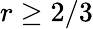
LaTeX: r\geq 2/3